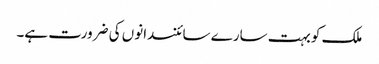
ملک کو بہت سارے سائنسدانوں کی ضرورت ہے۔